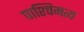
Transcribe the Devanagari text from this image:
पाश्चिमत्य